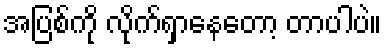
အပြစ်ကို လိုက်ရှာနေတော့ တာပါပဲ။